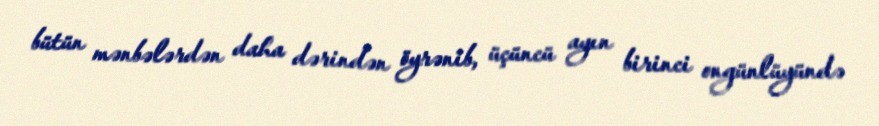
bütün mənbələrdən daha dərindən öyrənib, üçüncü ayın birinci ongünlüyündə